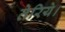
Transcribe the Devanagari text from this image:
तेरिये।